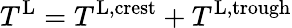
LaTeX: T^{\textnormal{L}}=T^{\textnormal{L},\textnormal{crest}}+T^{\textnormal{L},\textnormal{trough}}